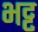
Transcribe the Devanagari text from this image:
भट्ट़